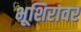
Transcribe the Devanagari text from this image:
भूशिरावर